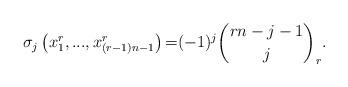
LaTeX: \begin{align*}{\small \sigma }_{j}\left( x_{1}^{r},...,x_{(r-1)n-1}^{r}\right) {\small =}(-1)^{j}\binom{rn-j-1}{j}_{r}{\small .} \end{align*}